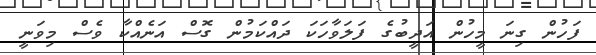
ފަހުން ގިނަ މީހުން އަދީބުގެ ފަލަވާހަކަ ދައްކަމުން ގޮސް އަނެއްކާ ވެސް މިވަނީ